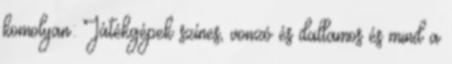
komolyan: Játékgépek színes, vonzó és dallamos és mind a